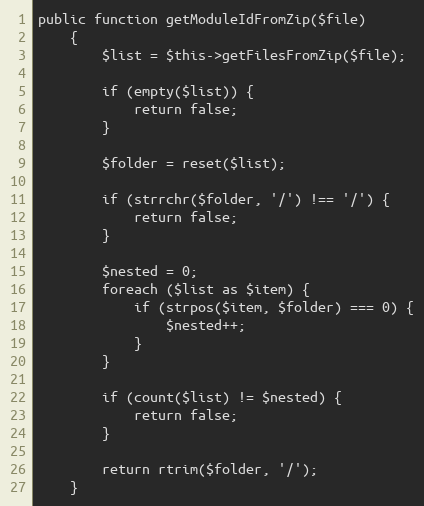
Language: PHP
public function getModuleIdFromZip($file)
    {
        $list = $this->getFilesFromZip($file);

        if (empty($list)) {
            return false;
        }

        $folder = reset($list);

        if (strrchr($folder, '/') !== '/') {
            return false;
        }

        $nested = 0;
        foreach ($list as $item) {
            if (strpos($item, $folder) === 0) {
                $nested++;
            }
        }

        if (count($list) != $nested) {
            return false;
        }

        return rtrim($folder, '/');
    }